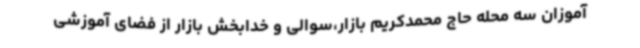
آموزان سه محله حاج محمدکریم بازار،سوالی و خدابخش بازار از فضای آموزشی